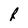
Character: R